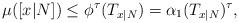
LaTeX: \begin{align*}\mu([x|N])\leq \phi^\tau(T_{x|N})=\alpha_1(T_{x|N})^\tau,\end{align*}